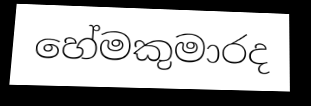
හේමකුමාරද